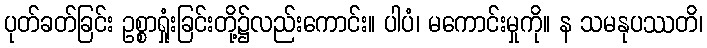
ပုတ်ခတ်ခြင်း ဥစ္စာရှုံးခြင်းတို့၌လည်းကောင်း။ ပါပံ၊ မကောင်းမှုကို။ န သမနုပဿတိ၊